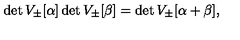
\det V _ { \pm } [ \alpha ] \det V _ { \pm } [ \beta ] = \det V _ { \pm } [ \alpha + \beta ] ,